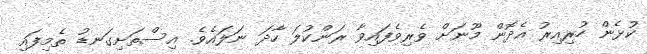
ކުޅެން ހުރިއިރު އެދޮން މޫނަށް ވެރިވެފައިވާ ރަންކުލަ ހާދަ ނަލައެވެ. އިސްތަށިގަނޑު ތެމިފައި